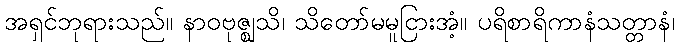
အရှင်ဘုရားသည်။ နာဝဗုဇ္ဈသိ၊ သိတော်မမူငြားအံ့။ ပရိစာရိကာနံသတ္တာနံ၊